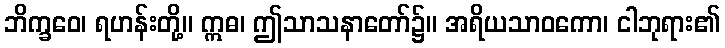
ဘိက္ခဝေ၊ ရဟန်းတို့။ ဣဓ၊ ဤသာသနာတော်၌။ အရိယသာဝကော၊ ငါဘုရား၏